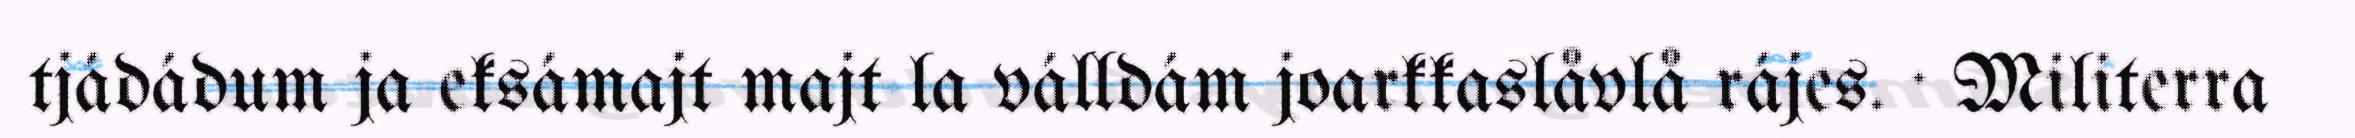
tjádádum ja eksámajt majt la válldám joarkkaslåvlå rájes. · Militerra